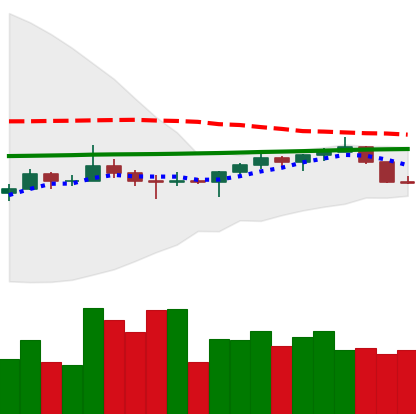
Ticker: TRX-USD
Chart end date: 2022-07-12
Forward return: 4.305%
Label: up_3_5